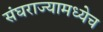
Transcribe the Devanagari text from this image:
संघराज्यामध्येच